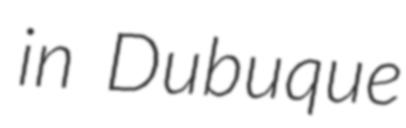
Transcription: in Dubuque